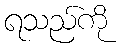
ရသည်ကို